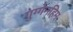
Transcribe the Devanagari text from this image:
गुग्गेनहिम